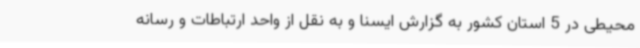
محیطی در 5 استان کشور به گزارش ایسنا و به نقل از واحد ارتباطات و رسانه